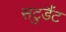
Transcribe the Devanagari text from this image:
सटुडैंट